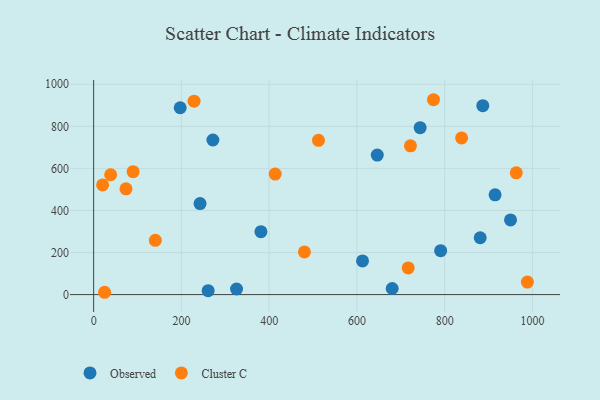
{"axis": {"x": "Ad Spend", "y": "Rating"}, "legend": ["Cluster C", "Observed"], "data": [{"x": "612.8", "y": 160.1, "type": "Observed"}, {"x": "744.1", "y": 793.7, "type": "Observed"}, {"x": "790.9", "y": 208.8, "type": "Observed"}, {"x": "881.0", "y": 270.2, "type": "Observed"}, {"x": "325.7", "y": 26.5, "type": "Observed"}, {"x": "261.0", "y": 18.4, "type": "Observed"}, {"x": "197.3", "y": 888.4, "type": "Observed"}, {"x": "950.1", "y": 355.0, "type": "Observed"}, {"x": "242.5", "y": 432.7, "type": "Observed"}, {"x": "271.8", "y": 735.2, "type": "Observed"}, {"x": "680.4", "y": 29.0, "type": "Observed"}, {"x": "646.4", "y": 663.4, "type": "Observed"}, {"x": "381.3", "y": 299.3, "type": "Observed"}, {"x": "886.9", "y": 898.3, "type": "Observed"}, {"x": "914.9", "y": 474.4, "type": "Observed"}, {"x": "774.5", "y": 926.6, "type": "Cluster C"}, {"x": "140.6", "y": 257.8, "type": "Cluster C"}, {"x": "38.8", "y": 569.8, "type": "Cluster C"}, {"x": "722.0", "y": 707.2, "type": "Cluster C"}, {"x": "413.8", "y": 572.9, "type": "Cluster C"}, {"x": "20.5", "y": 521.4, "type": "Cluster C"}, {"x": "228.9", "y": 919.9, "type": "Cluster C"}, {"x": "25.1", "y": 11.0, "type": "Cluster C"}, {"x": "480.4", "y": 203.0, "type": "Cluster C"}, {"x": "512.4", "y": 733.6, "type": "Cluster C"}, {"x": "963.2", "y": 579.0, "type": "Cluster C"}, {"x": "716.9", "y": 126.6, "type": "Cluster C"}, {"x": "838.6", "y": 744.9, "type": "Cluster C"}, {"x": "89.9", "y": 584.4, "type": "Cluster C"}, {"x": "988.5", "y": 59.5, "type": "Cluster C"}, {"x": "73.7", "y": 502.9, "type": "Cluster C"}]}